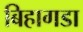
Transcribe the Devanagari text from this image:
बिहागडा